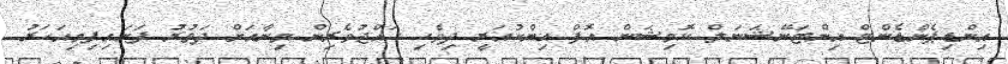
އިންޑިޕެންޑެންޓް އިންޓަނޭޝަނަލް ކޮމިޝަން އޮފް އިންކުއަރީ ދިވެހި ހައްޖުވެރިން މިނާއަށް ދަތުރު ފަށައިފިމިއަހަރު